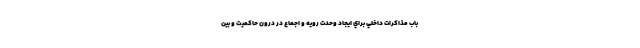
باب مذاكرات داخلي براي ايجاد وحدت رويه و اجماع در درون حاكميت و بين